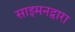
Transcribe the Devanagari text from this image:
साइमनद्वारा